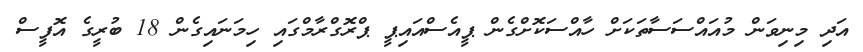
އަދި މިނިވަން މުއައްސަސާތަކަށް ހާއްސަކޮށްގެން ޕީއެސްއައިޕީ ޕްރޮގްރާމްގައި ހިމަނައިގެން 18 ބުރީގެ އޮފީސް